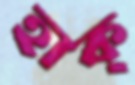
হাক্